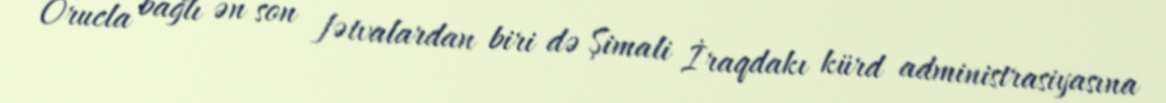
Orucla bağlı ən son fətvalardan biri də Şimali İraqdakı kürd administrasiyasına